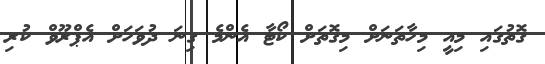
ގޮތުގައި މިއީ މިހާތަނަށް މިގޮތަށް ކޯޓާ އެންމެ ގިނަ ދުވަހަށް އެޕްރޫވް ކުރި